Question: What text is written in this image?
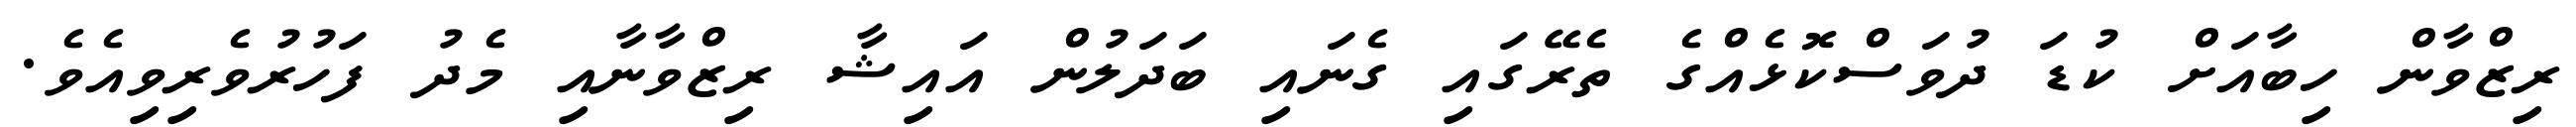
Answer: ރިޒްވާން ހިބާއަށް ކުޑަ ދުވަސްކޮޅެއްގެ ތެރޭގައި ގެނައި ބަދަލުން އައިޝާ ރިޒްވާނާއި މެދު ފަހުރުވެރިވިއެވެ.